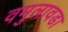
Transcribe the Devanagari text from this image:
वमुलावडा